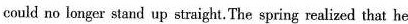
could no lomger stand up straight.The spring realized that he